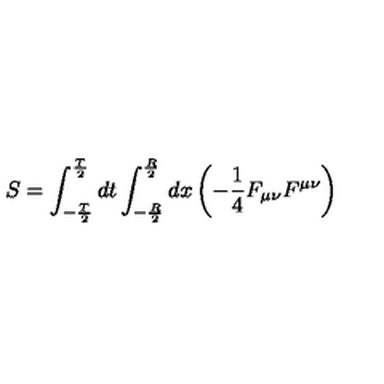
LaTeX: S = \int _ { - { \frac { T } { 2 } } } ^ { { \frac { T } { 2 } } } d t \int _ { - { \frac { R } { 2 } } } ^ { { \frac { R } { 2 } } } d x \left( - { \frac { 1 } { 4 } } F _ { \mu \nu } F ^ { \mu \nu } \right)